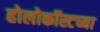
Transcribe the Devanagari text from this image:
होलोकॉस्टच्या